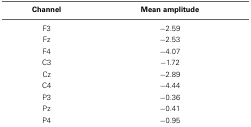
<table><thead><tr><td><b>Channel</b></td><td><b>Mean amplitude</b></td></tr></thead><tbody><tr><td>F3</td><td>−2.59</td></tr><tr><td>Fz</td><td>−2.53</td></tr><tr><td>F4</td><td>−4.07</td></tr><tr><td>C3</td><td>−1.72</td></tr><tr><td>Cz</td><td>−2.89</td></tr><tr><td>C4</td><td>−4.44</td></tr><tr><td>P3</td><td>−0.36</td></tr><tr><td>Pz</td><td>−0.41</td></tr><tr><td>P4</td><td>−0.95</td></tr></tbody></table>